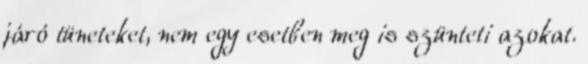
járó tüneteket, nem egy esetben meg is szünteti azokat.